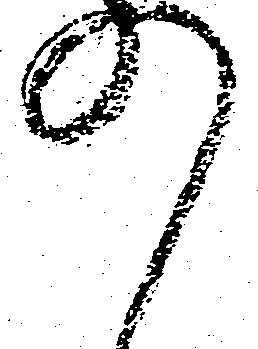
の